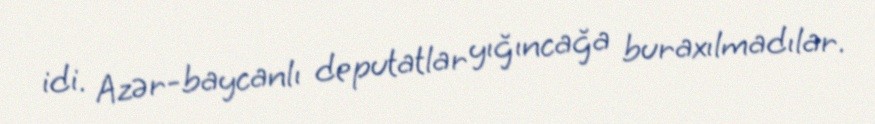
idi. Azər­baycanlı deputatlar yığıncağa buraxılmadılar.